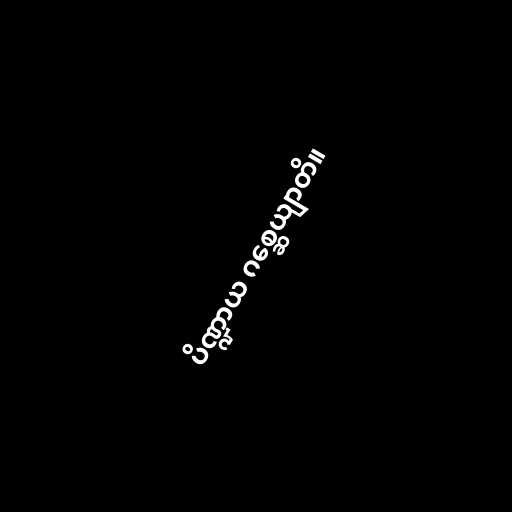
ပိဏ္ဍာယ ဂစ္ဆေယျာတိ။